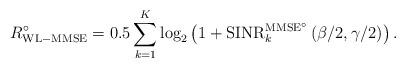
\begin{align*}R_{\mathrm{WL-MMSE}}^\circ = 0.5 \sum_{k=1}^{K} \log_2 \left( 1 + \mathrm{SINR}^{\mathrm{MMSE}^\circ}_k \left( \beta/2, \gamma/2 \right) \right). \end{align*}